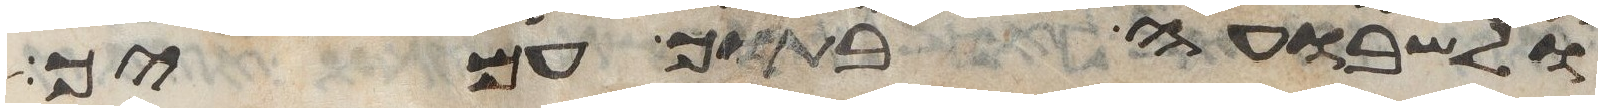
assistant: ולשבועה בתוך עמיך